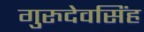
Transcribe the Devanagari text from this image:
गुरुदेवसिंह